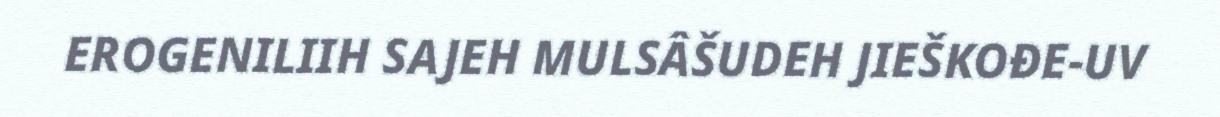
EROGENILIIH SAJEH MULSÂŠUDEH JIEŠKOĐE-UV